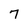
Character: 7